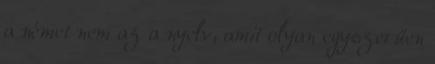
a német nem az a nyelv, amit olyan egyszerűen